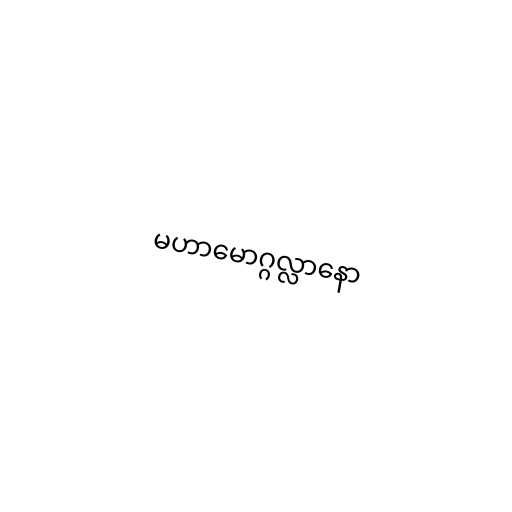
မဟာမောဂ္ဂလ္လာနော